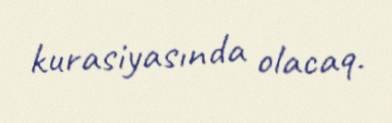
kurasiyasında olacaq.